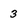
Character: 3